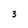
Character: 3